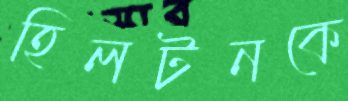
হিলটনকে